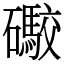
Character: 礮